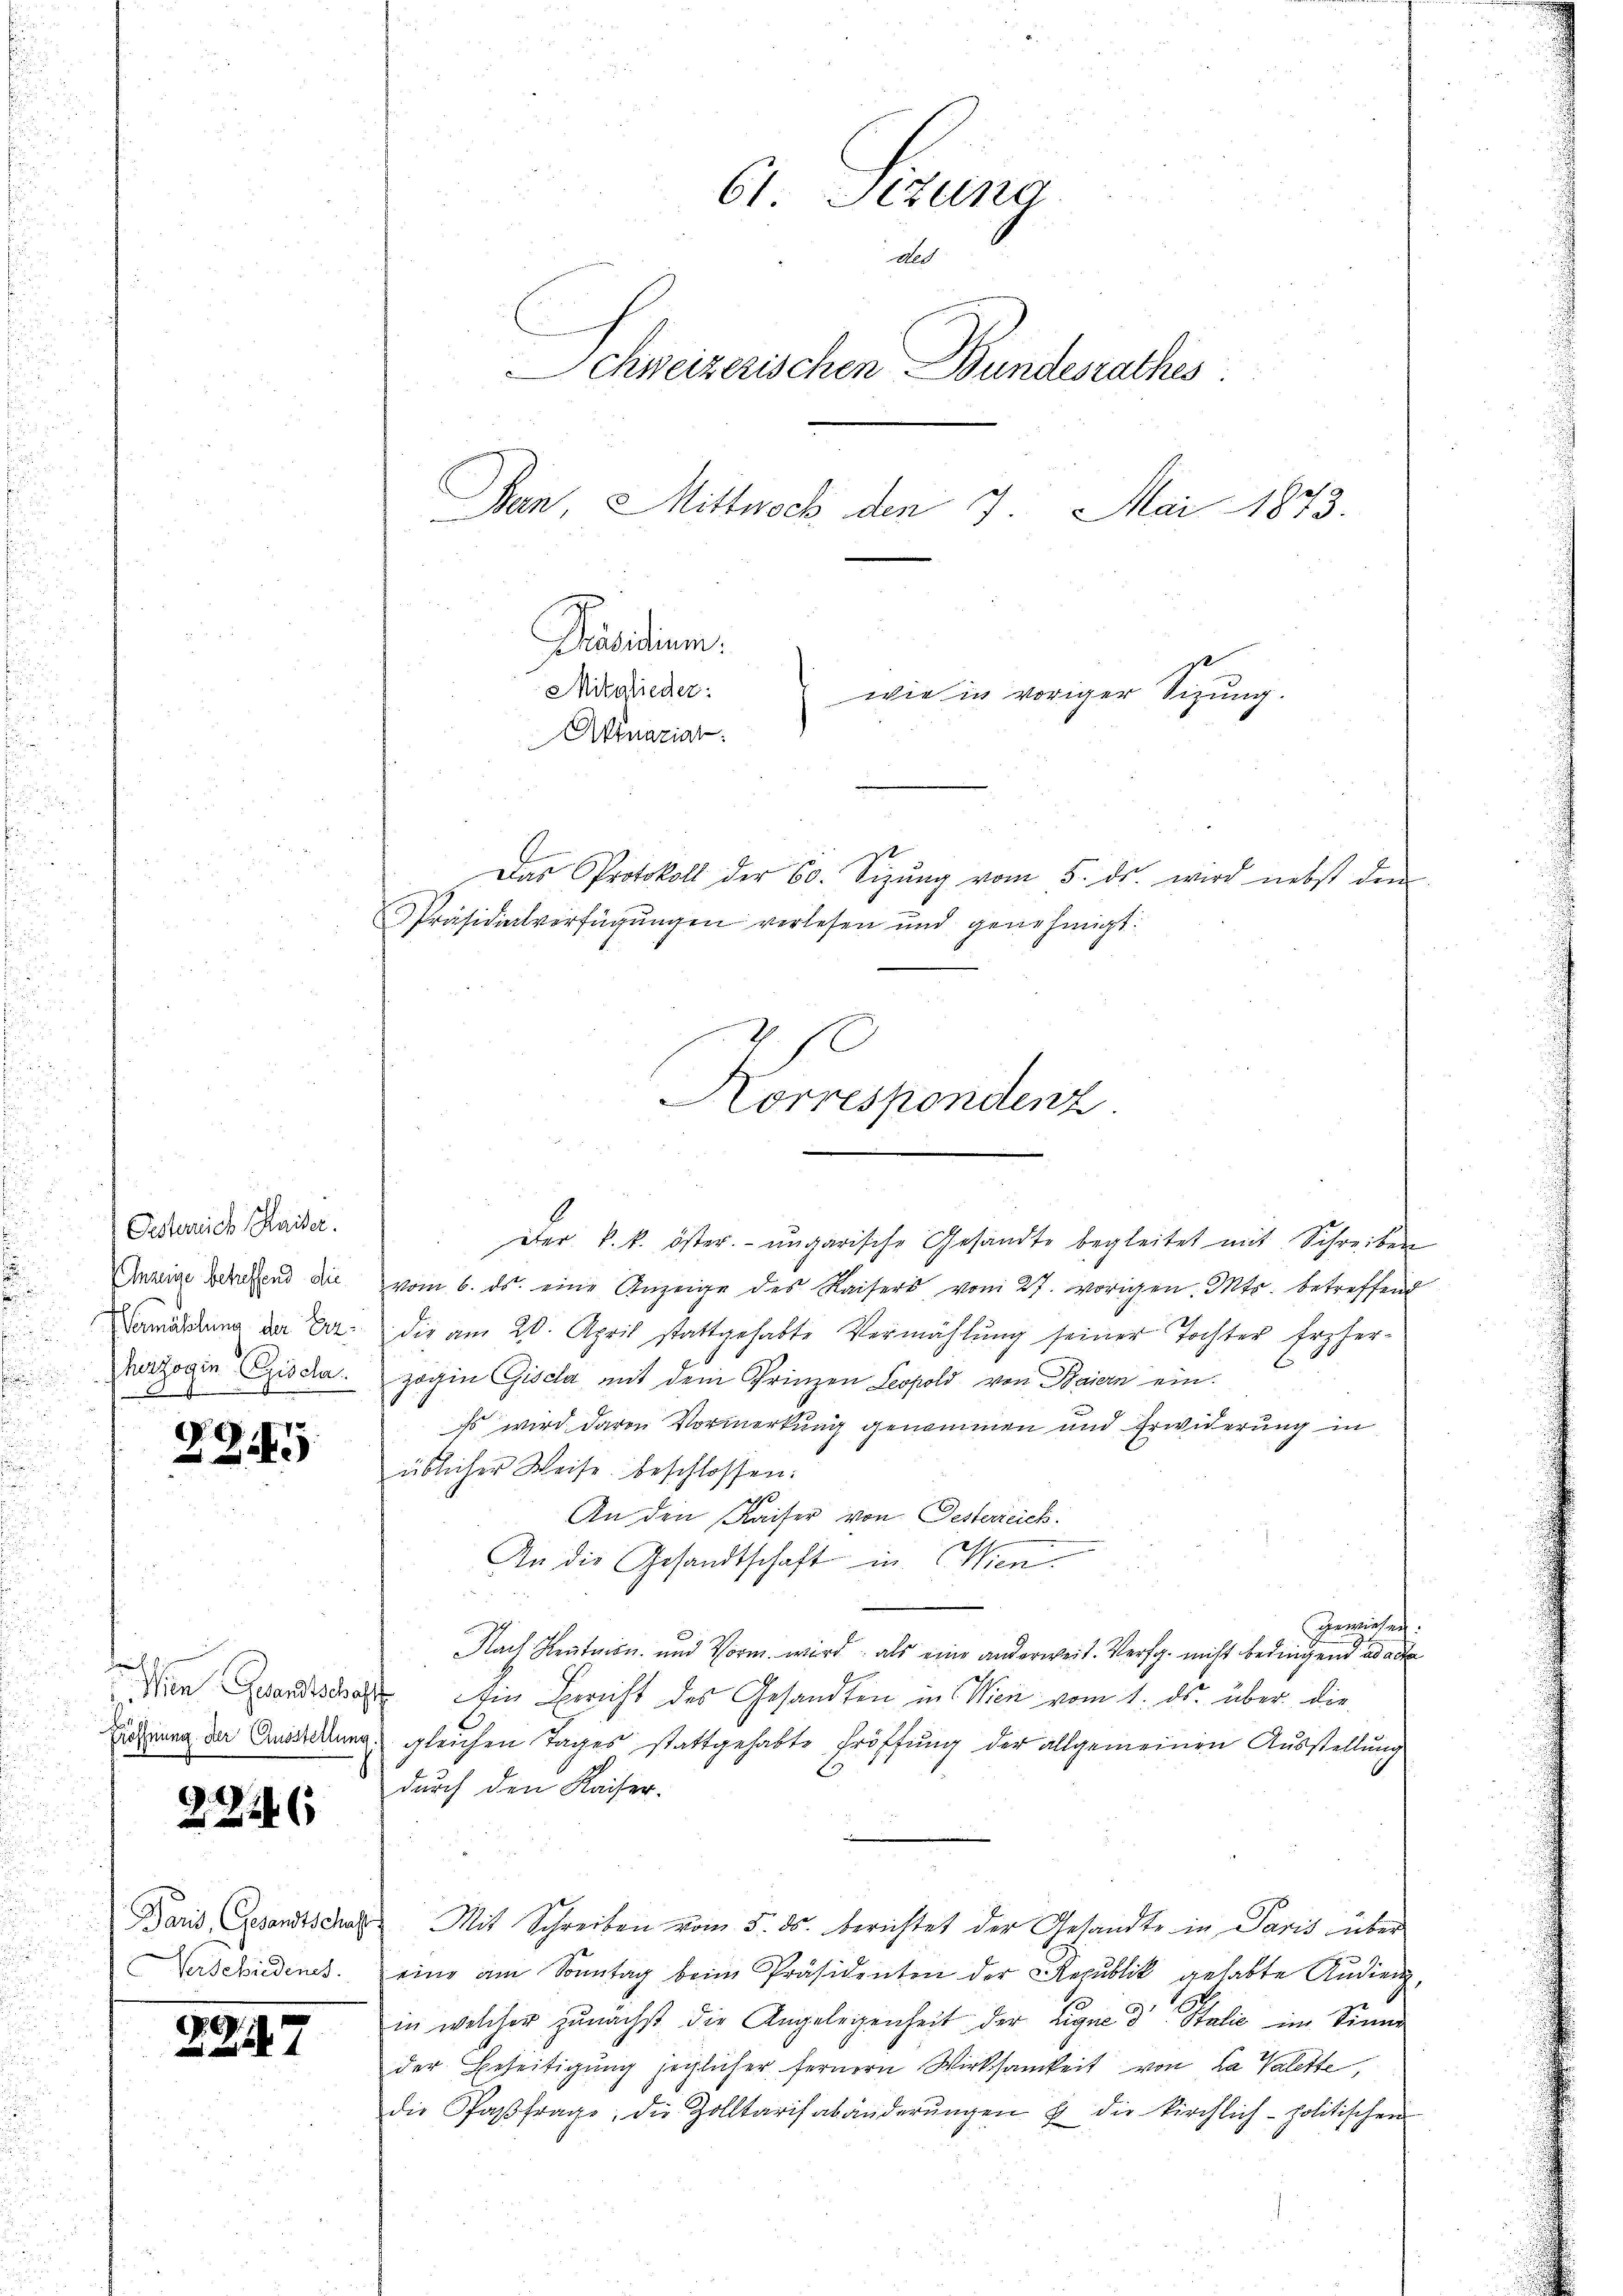
Oesterrich Haider.
Ehezeige betreffend die
herzogin Czisch

Z. Z.

22246

Verschiedenes.

10
7

it
Das Protokoll der 60. Sizŭng vom 5. ds. wird nebst den
Präsidialverfügungen verlesen und genehmigt.
Korrespondenz.

vom 6. ds. eine Anzeige des Kaisers vom 27. vorigen. Mts. betreffend
Damastung der Dr. die am 20. April stattgehabte Vermählung seiner Tochter Erzher-
6
zogin Gisela, mit dem Prinzen Leopold von Baiern ein¬
Es wird davon Vormerkung genommen und Erwiderung in
üblicher Weise beschlossen:
1
An den Kaiser von Oesterreich.
An die Gesandtschaft in Wien.
gewiesen.
Nach Sention und Vorm. wird; als eine anderweit. Versp. nicht bedingend ad acte
Den Gesandtstraft in Bericht des Gesandten in Wien vom 1. ds. über die
Zehrung der Anderung gleichen Tages stattgehabte Eröffung der allgemeinen Ausstellung
durch den Kaiser.
Paris Gesandtschaft Mit Schreiben vom 5. ds. berichtet der Gesandte in Paris über
eine am Sonntag beim Präsidenten der Republik gehabte Audien-
in welcher zunächst die Angelegenheit der Eigne dr Italić im Sinne
der Beseitigŭng jeglicher fernern Wirksamkeit von La Valette,
die Pfaβfrage, die Zolltarisabänderŭngen u die kirchlich-politischen

61. Sizung
Mo
Schweizerischen Bundesrathes
Ban, Mittwoch den 7. Mai 1873.
Präsidium.
Mitglieder:
wie in voriger Sizung.
Anaziar

Der k. k. öster ungarische Gesandte begleitet mit Schreiben